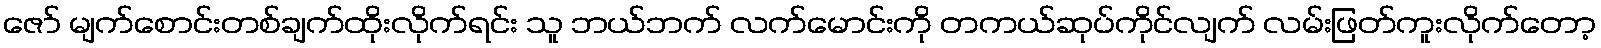
ဇော် မျက်စောင်းတစ်ချက်ထိုးလိုက်ရင်း သူ ဘယ်ဘက် လက်မောင်းကို တကယ်ဆုပ်ကိုင်လျက် လမ်းဖြတ်ကူးလိုက်တော့